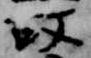
故